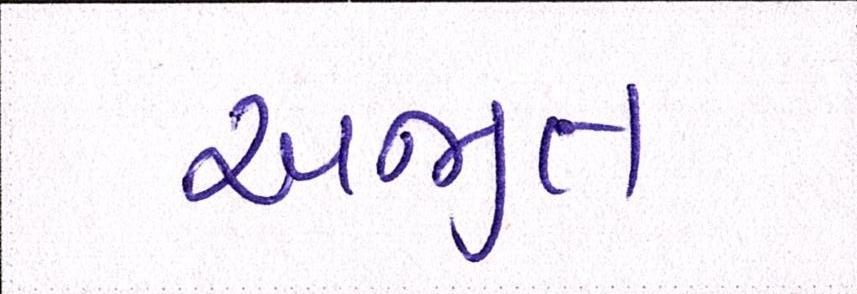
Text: અજીત